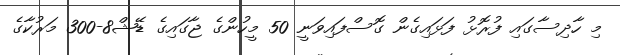
މި ހާދިސާގައި ފުރޮޅު ފަޅައިގެން ގޮސްފައިވަނީ 50 މީހުންގެ ޖާގައިގެ ޑޭޝް8-300 މަރުކާގެ